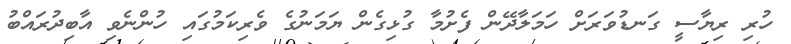
ހުރި ރިޔާސީ ގަނޑުވަރަށް ހަމަލާދޭން ފެށުމާ ގުޅިގެން ޔަމަނުގެ ވެރިކަމުގައި ހުންނެވި އާބިދުރައްބު